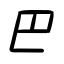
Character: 巴